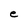
Character: e